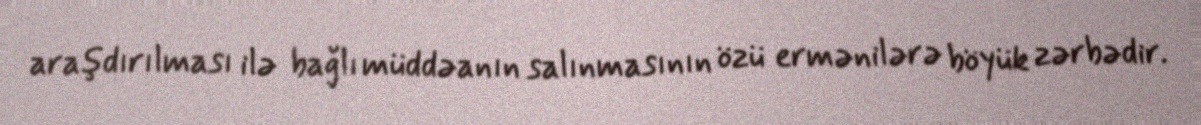
araşdırılması ilə bağlı müddəanın salınmasının özü ermənilərə böyük zərbədir.